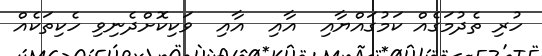
ހުރި ތެދުމަގެއް ކަމުގައްޔާއި  އާއި  އާއި  ވަކިކޮށްދެނިވި ހެކިތަކެއް